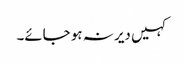
کہیں دیر نہ ہو جائے۔